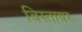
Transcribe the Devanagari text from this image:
विस्ताषर